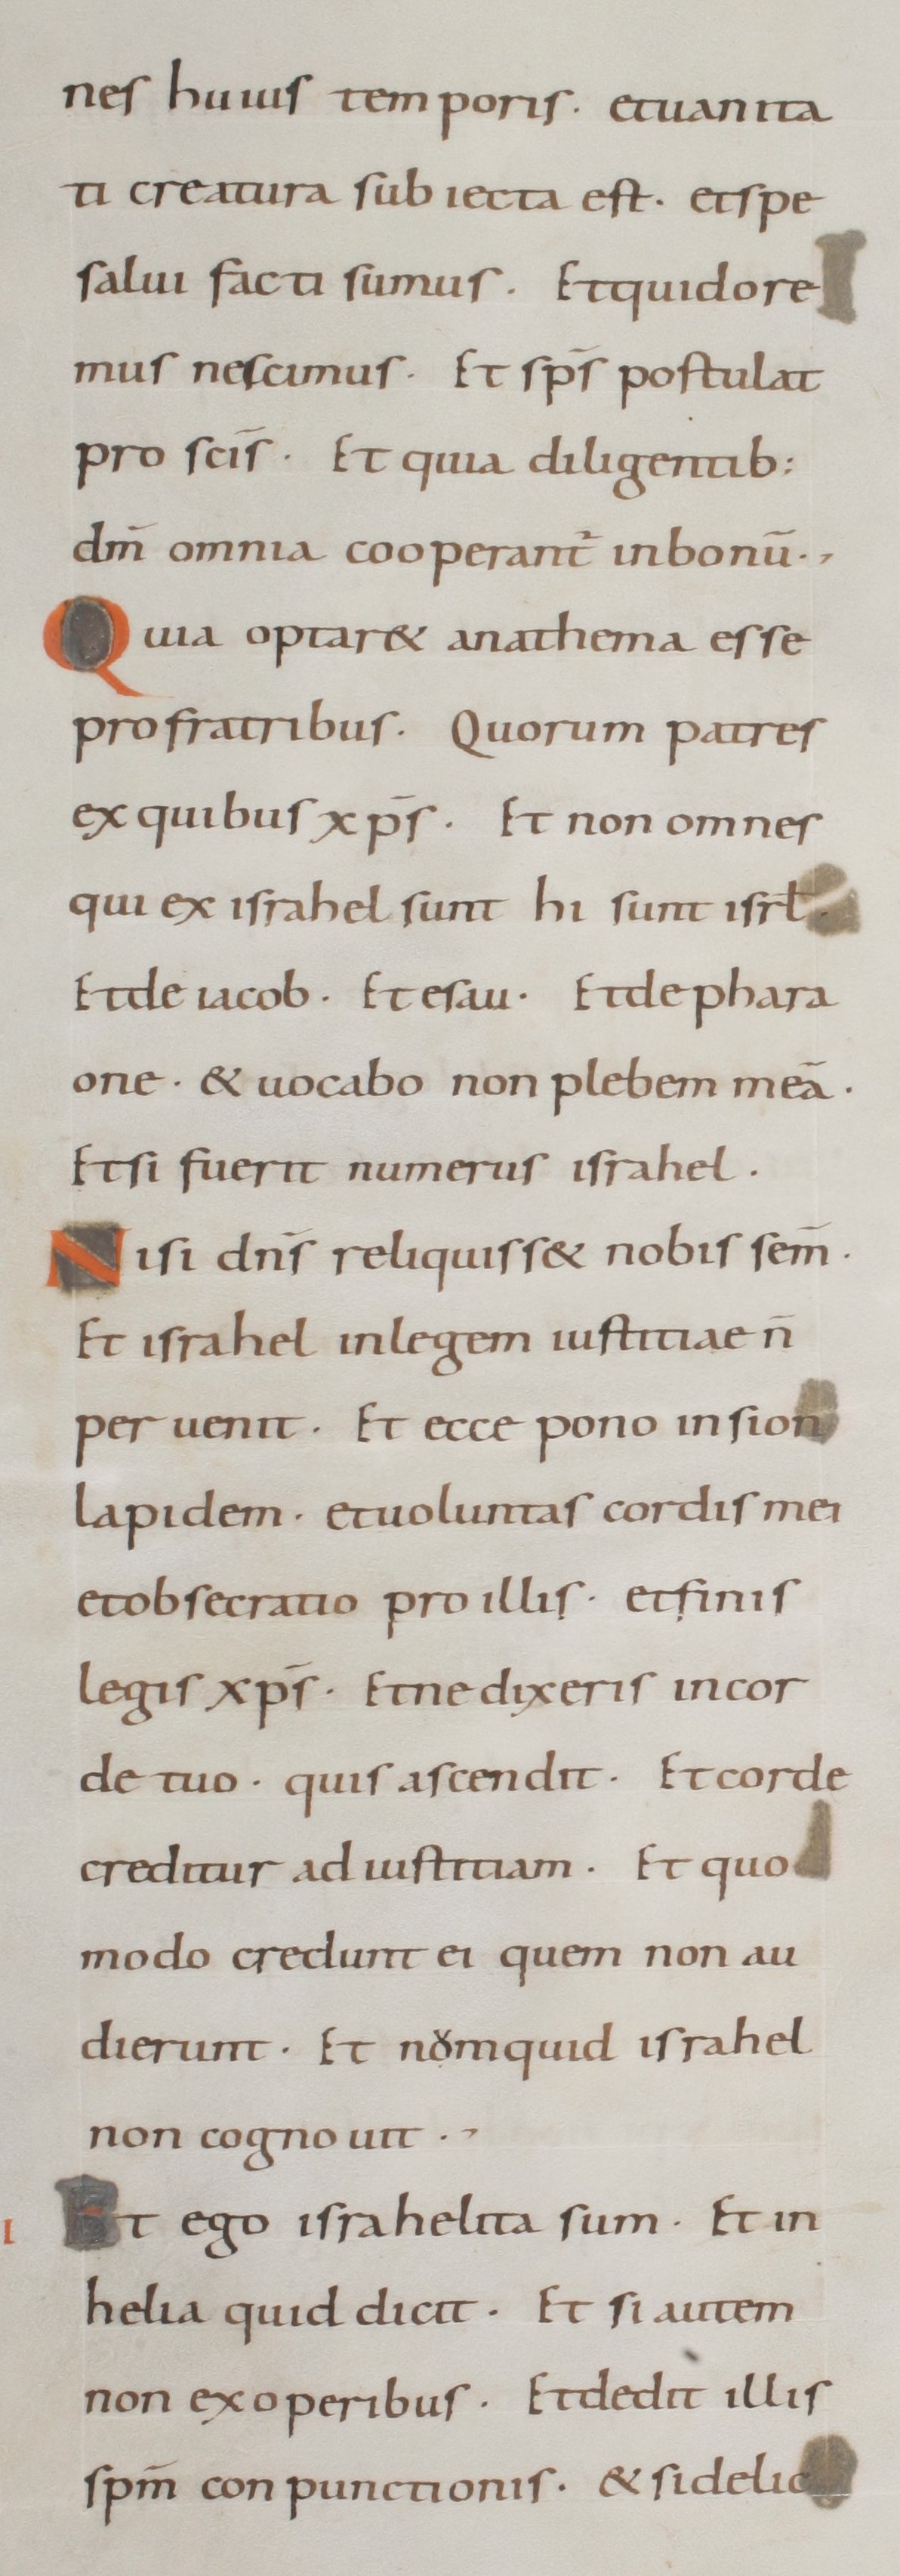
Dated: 800–899